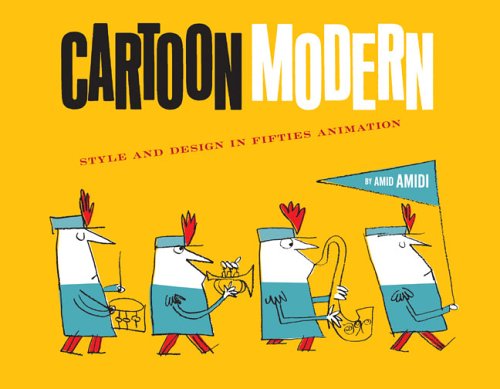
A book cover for Cartoon Modern: Style and Design in 1950s Animation; Amid Amidi; Humor & Entertainment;